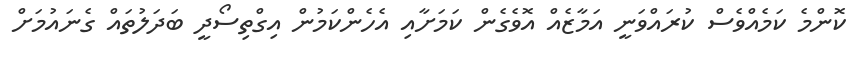
ކޮންމެ ކަމެއްވެސް ކުރައްވަނީ އަމާޒެއް އޮވެގެން ކަމަށާއި އެހެންކަމުން އިގްތިސޯދީ ބަދަލުތައް ގެނައުމަށް